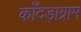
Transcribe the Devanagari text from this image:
काँदड़ाग्राम